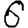
Digit: 6